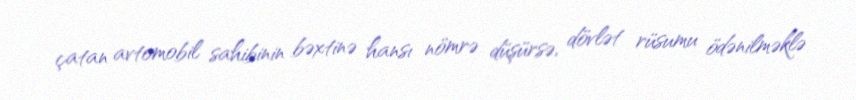
çatan avtomobil sahibinin bəxtinə hansı nömrə düşürsə, dövlət rüsumu ödənilməklə